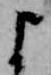
よ